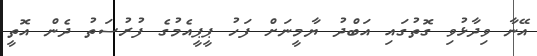
އޭނާ ވިދާޅުވި ގޮތުގައި އަބްދު ޔާމީނަށް ފަހު ޕީޕީއެމުގެ ފުރުސަތު ދެން އޮތީ